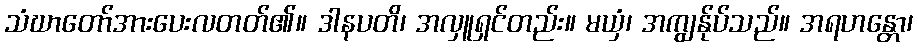
သံဃာတော်အားပေးလတတ်၏။ ဒါနပတိ၊ အလှူရှင်တည်း။ မယှံ၊ အကျွန်ုပ်သည်။ အရဟန္တော၊